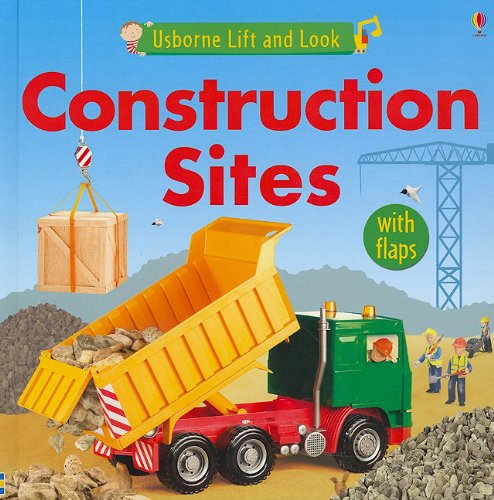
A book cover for Construction Sites (Usborne Lift and Look); Felicity Brooks; Children's Books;